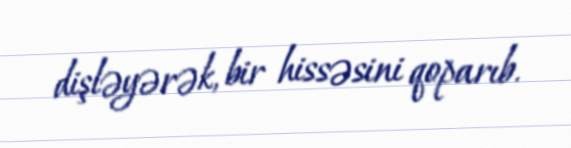
dişləyərək, bir hissəsini qoparıb.